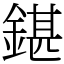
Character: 鍖